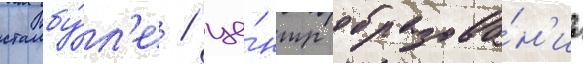
стамбу́л'е / це́нтр образова́н'иа